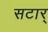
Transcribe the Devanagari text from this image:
सटार्